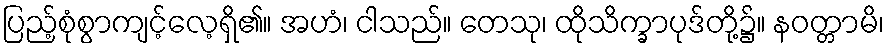
ပြည့်စုံစွာကျင့်လေ့ရှိ၏။ အဟံ၊ ငါသည်။ တေသု၊ ထိုသိက္ခာပုဒ်တို့၌။ နဝတ္တာမိ၊